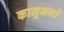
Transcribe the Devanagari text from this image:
कानूनगों